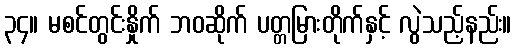
၃၄။ မစင်တွင်းနှိုက် ဘဝဆိုက် ပတ္တမြားတိုက်နှင့် လွဲသည့်နည်း။